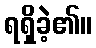
ရရှိခဲ့၏။